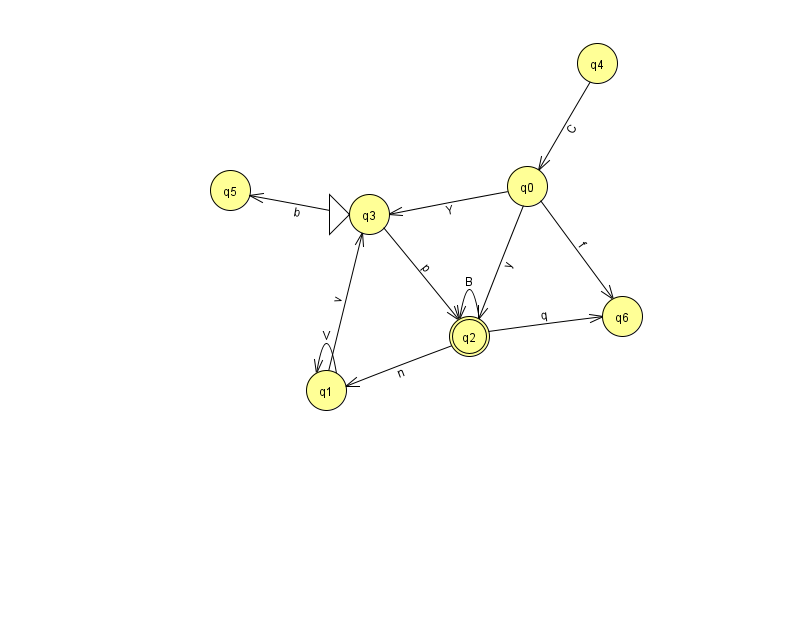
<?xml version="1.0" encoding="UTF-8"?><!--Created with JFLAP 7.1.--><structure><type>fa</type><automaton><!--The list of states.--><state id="0" name="q0"><x>527.0</x><y>173.0</y></state><state id="1" name="q1"><x>326.0</x><y>377.0</y></state><state id="2" name="q2"><x>469.0</x><y>323.0</y><final/></state><state id="3" name="q3"><x>369.0</x><y>201.0</y><initial/></state><state id="4" name="q4"><x>597.0</x><y>50.0</y></state><state id="5" name="q5"><x>230.0</x><y>177.0</y></state><state id="6" name="q6"><x>622.0</x><y>303.0</y></state><!--The list of transitions.--><transition><from>1</from><to>3</to><read>v</read></transition><transition><from>0</from><to>3</to><read>Y</read></transition><transition><from>2</from><to>2</to><read>B</read></transition><transition><from>0</from><to>2</to><read>y</read></transition><transition><from>0</from><to>6</to><read>f</read></transition><transition><from>1</from><to>1</to><read>V</read></transition><transition><from>4</from><to>0</to><read>C</read></transition><transition><from>3</from><to>2</to><read>p</read></transition><transition><from>3</from><to>5</to><read>b</read></transition><transition><from>2</from><to>6</to><read>q</read></transition><transition><from>2</from><to>1</to><read>n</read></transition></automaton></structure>